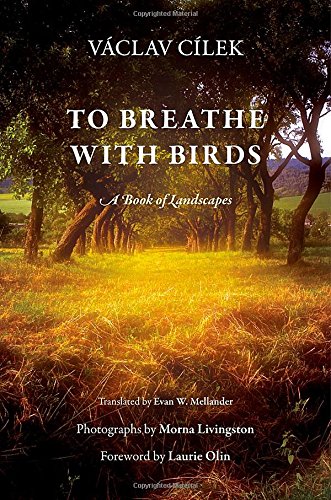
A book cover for To Breathe with Birds: A Book of Landscapes (Penn Studies in Landscape Architecture); VÃ¡clav CÃ­lek; Travel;